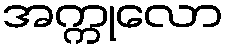
အက္ကုလော